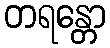
တရန္တော